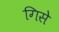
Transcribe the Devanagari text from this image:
गिसे